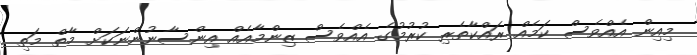
މިއިން އެއްވެސް ކަމެއް ރައްކާތެރި ކުރުމުގެ އެއްވެސް ޒިންމާއެއް އިންސާނުންނަކަށް މާތް މަތި